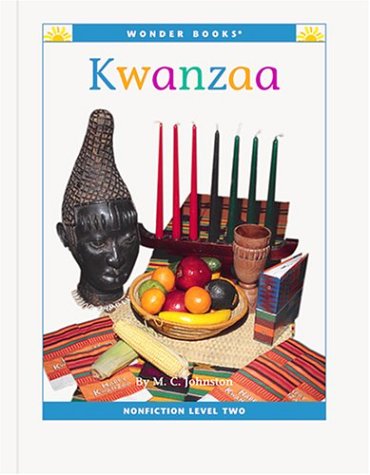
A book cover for Kwanzaa (Wonder Books: Level 2 Holidays); M. C. Johnston; Children's Books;